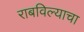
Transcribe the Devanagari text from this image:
राबविल्याचा